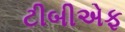
ટીબીએફ